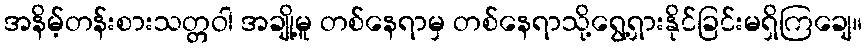
အနိမ့်တန်းစားသတ္တဝါ အချို့မူ တစ်နေရာမှ တစ်နေရာသို့ရွေ့ရှားနိုင်ခြင်းမရှိကြချေ။